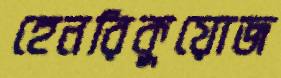
হেনরিকুয়োজ